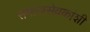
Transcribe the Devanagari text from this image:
समाजसेवकांशी